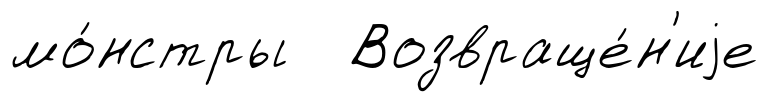
мо́нстры Возвраще́н'иjе